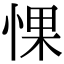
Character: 惈